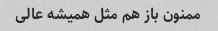
ممنون باز هم مثل همیشه عالی